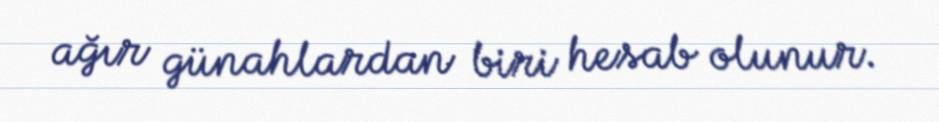
ağır günahlardan biri hesab olunur.